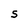
Character: S